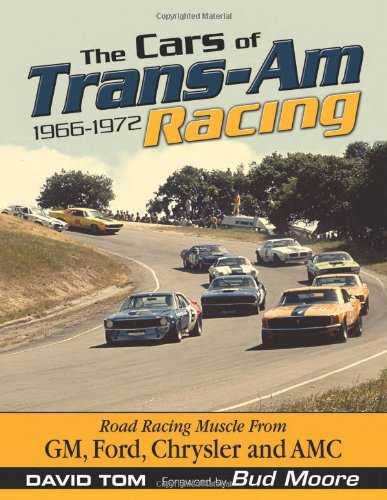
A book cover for The Cars of Trans-Am Racing: 1966-1972 (CarTech); David Tom; Engineering & Transportation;